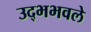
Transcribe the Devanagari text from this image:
उद्भभवले